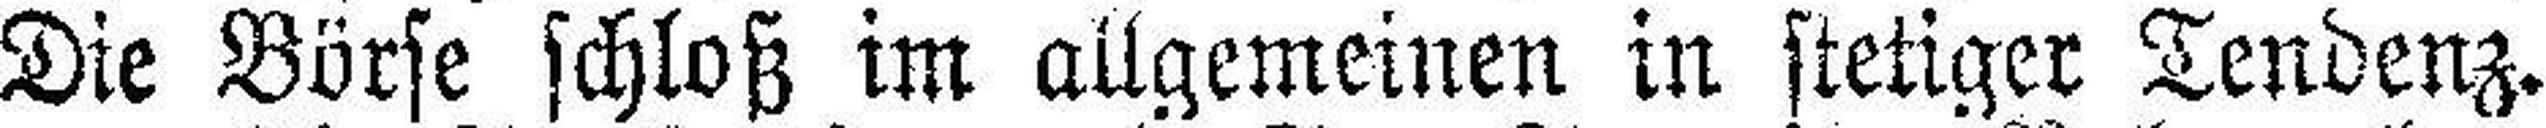
Die Börse schloß im allgemeinen in stetiger Tendenz.